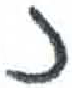
אות: נ